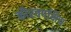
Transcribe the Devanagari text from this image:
कौरवपक्षिय